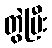
တွဲပြီး